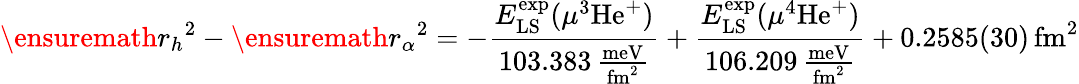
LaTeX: \ensuremath{r_{h}}^{2}-\ensuremath{r_{\alpha}}^{2}=-\frac{E_{\mathrm{LS}}^{\mathrm{exp}}(\mu^{3}\mathrm{He}^{+})}{103.383\mathrm{\, \frac{meV}{fm^{2}}}}+\frac{E_{\mathrm{LS}}^{\mathrm{exp}}(\mu^{4}\mathrm{He}^{+})}{106.209\mathrm{\, \frac{meV}{fm^{2}}}}+0.2585(30)\, \mathrm{fm^{2}}